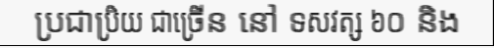
ប្រជាប្រិយ ជាច្រើន នៅ ទសវត្ស ៦០ និង